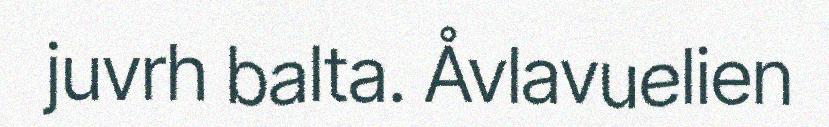
juvrh balta. Åvlavuelien